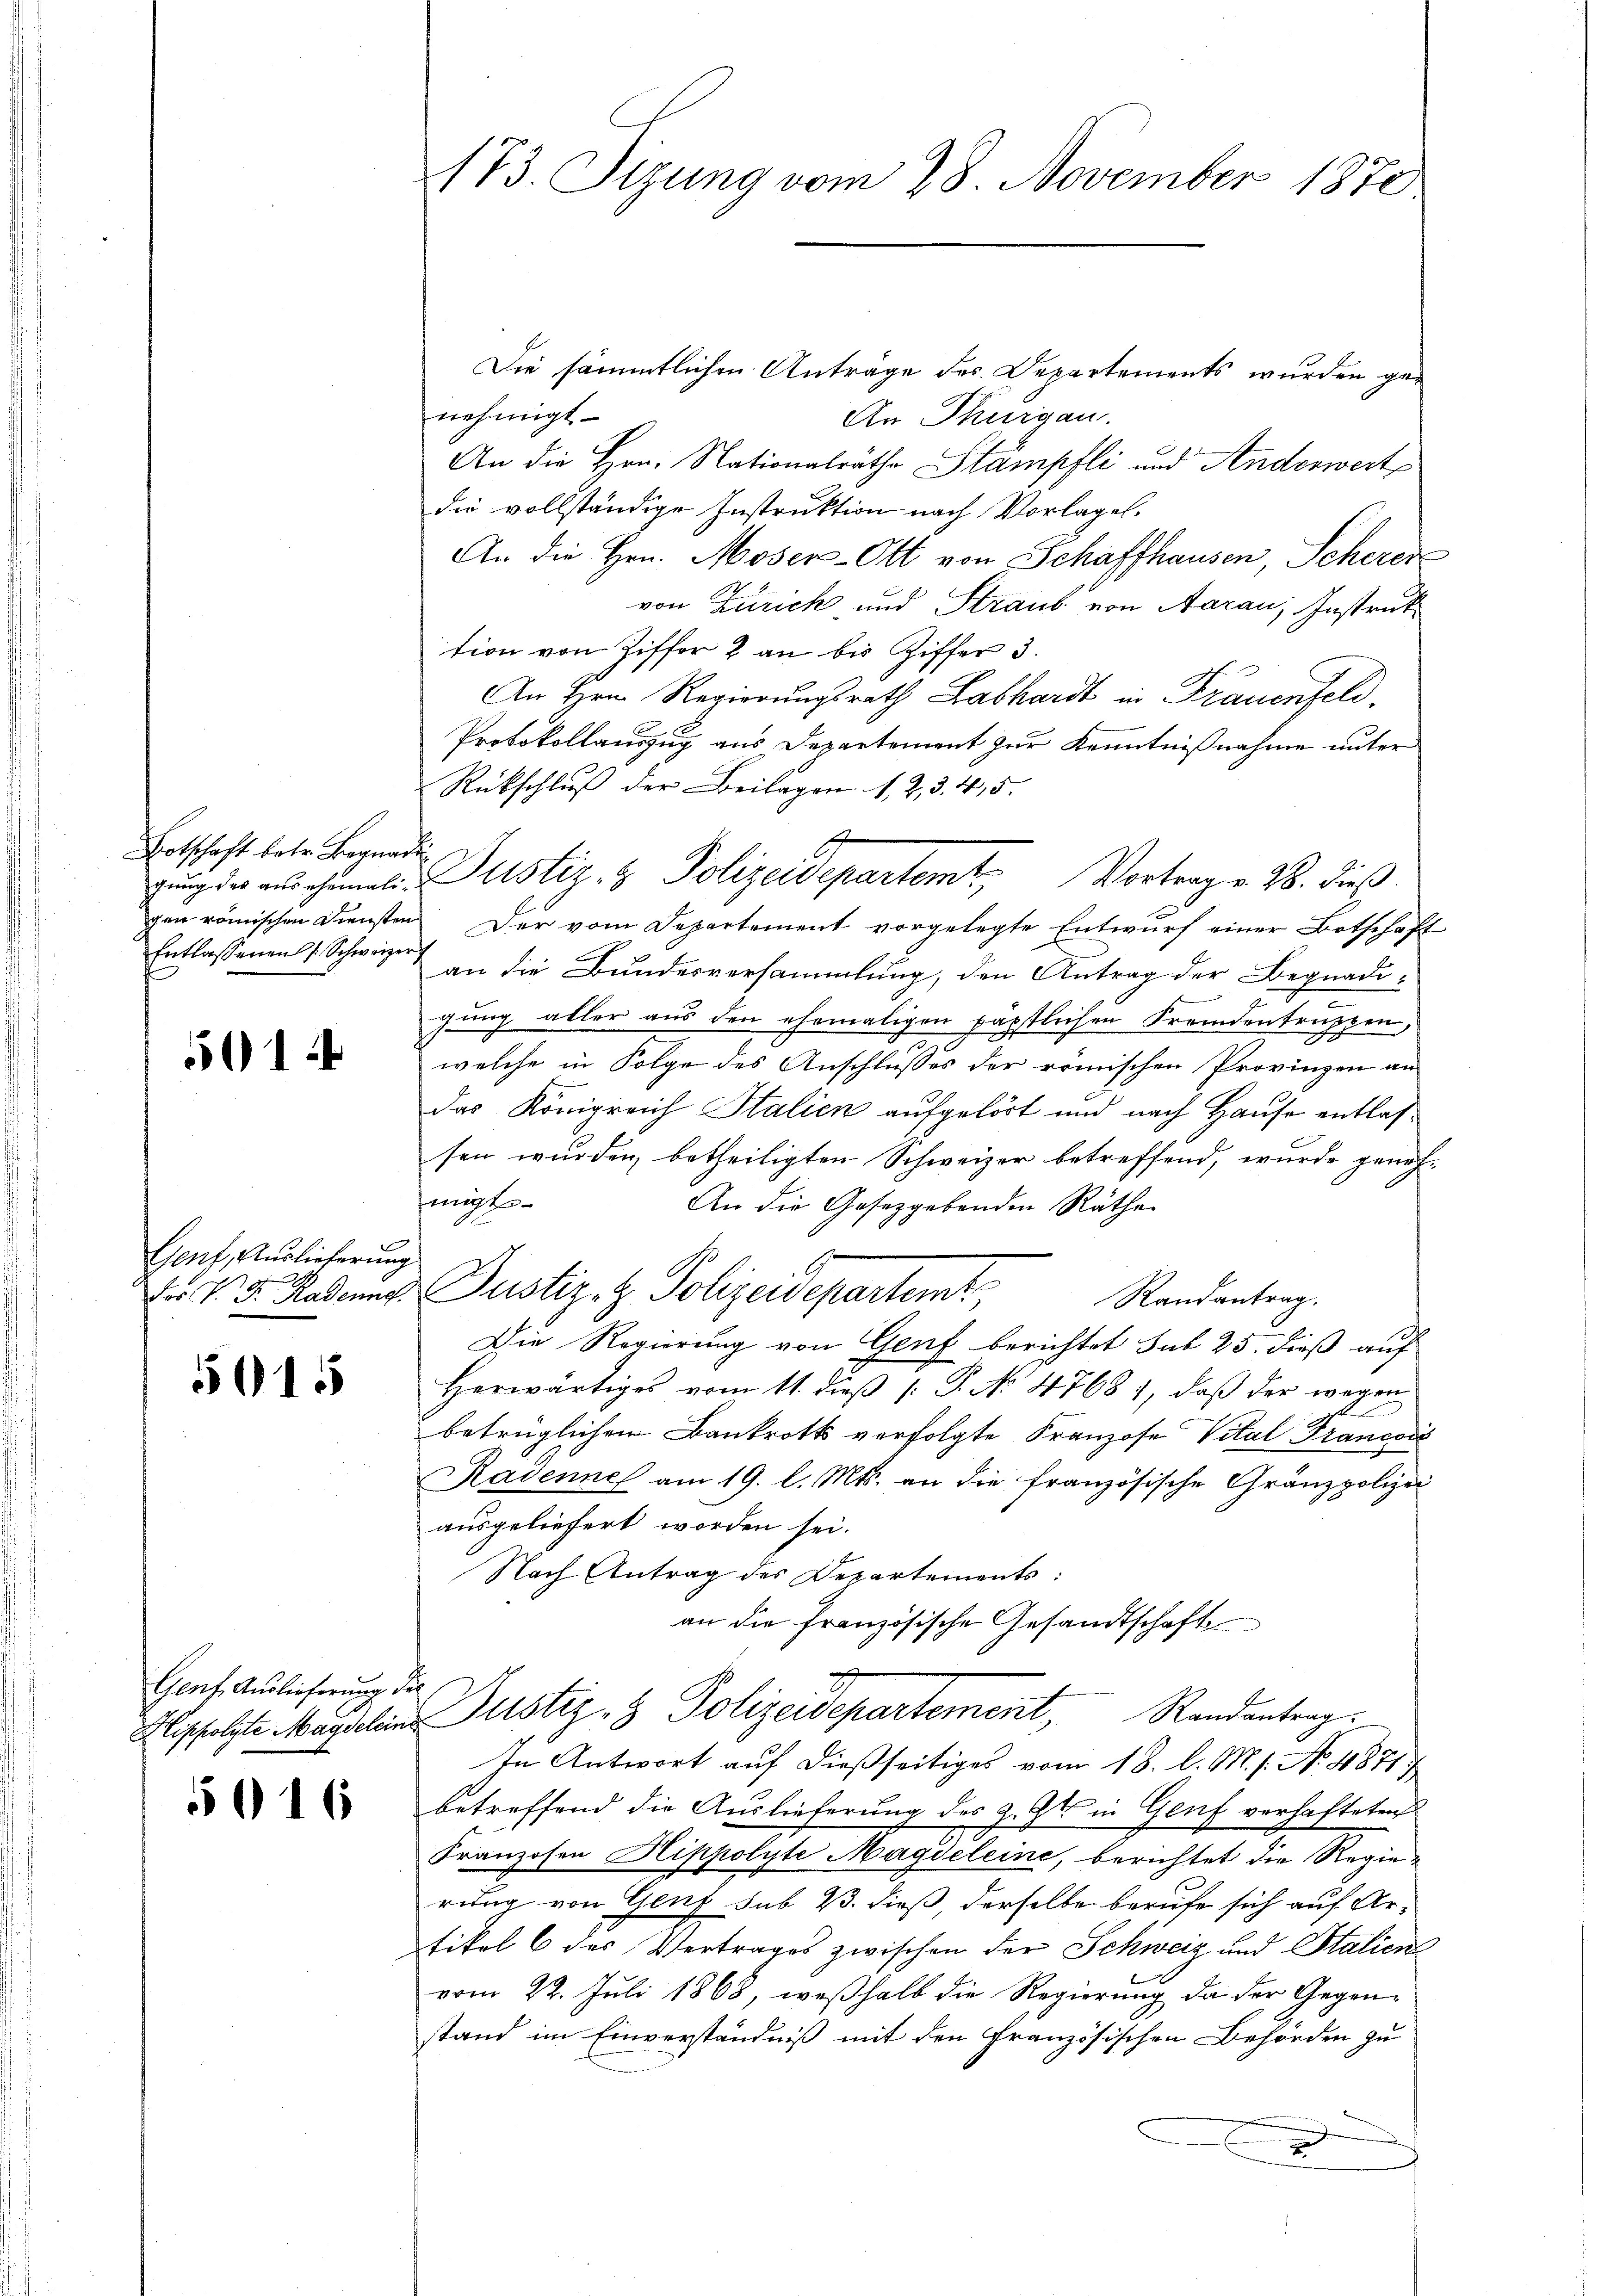
Botschaft betr. Begnadi
Entlassenen 1. Schweizer

501

Genf, Auslieferung

5015

Genf. Auslieferung.
Hisfolgte Magdeleis

5016

173. Sizung vom 28. November 1870

Die sämmtlichen Anträge des Departements wurden genehmigt
An Thurgau.
An die Hrn. Nationalräthe Stämpfli und Anderweit
die vollständige Instruktion nach Vorlagel¬
An die Hrn. Moser-Ott von Schaffhausen, Scheren
von Zürich und Straub von Aarau, Instruktion von Ziffer 2 an bis Ziffer 3.
An Hrn. Regierungsrath Labhardt in Frauenfeld.
Protokollauszug aus Departement zur Kenntnißnahme unter
Rückschluß der Beilagen 1. 2. 3. 415.
gŭng der auchemalie Justiz- & Polizeidepartemt. Vortrag v. 28. dieß
gen römischen Diensten Der vom Departement vorgelegte Entwurf einer Botschaft
an die Bundesversammlung, den Antrag der Begnadi-
fung aller aus den ehemaligen päpstlichen Fremdentragten,
welche in Folge des Anschlusses der römischen Provinzen an
Das Königreich Italien aufgehört und nach Hause entlassen wurden, betheiligten Schweizer betreffend, wurde genohmigt
An die Gesetzgebenden Räthe
ag
Dr v. d. Rades Justiz- & Polizeidepartemt,
Randantrag.
Die Regierung von Genf berichtet sub 25. dieß auf
Herwärtiges vom 11. dieβ (: P. No 47681, daß der wegen
s
betrüglichen Bankrotts verfolgte Franzose Vital Francois
Ravenne am 19. l. Mts. an die französische Gränzpolizei
ausgeliefert worden sei.
Nach Antrag des Departements:
an die französische Gesandtschaft
.
Justiz- & Polizeidepartement, Randenterg
In Antwort auf dießseitiges vom 18. l. M. s. No. 1871
betreffend die Auslieferung des z. Zt. in Genf verhafteten
Franzosen Hippolyte Magdeleine, berichtet die Regierung von Genf sub 23. dieß, derselbe berufe sich auf Artikel 6 des Vertrages zwischen der Schweiz und Stalien
vom 22. Juli 1868, weßhalb die Regierung da der Gegenstand im Einverständniß mit den Französischen Behörden zu
.